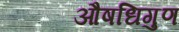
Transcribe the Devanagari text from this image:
औषधिगुण